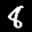
Label: 8